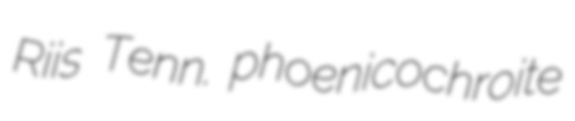
Riis Tenn. phoenicochroite